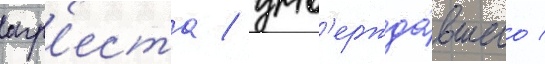
агр'еста / утв'ержда́вшего /